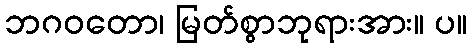
ဘဂဝတော၊ မြတ်စွာဘုရားအား။ ပ။